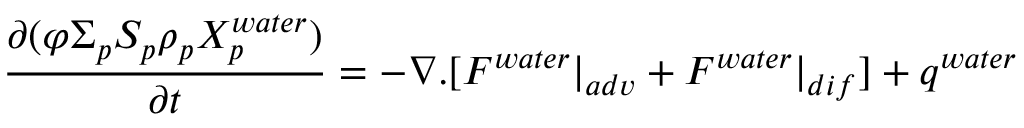
\frac { \partial ( \varphi \Sigma _ { p } S _ { p } \rho _ { p } X _ { p } ^ { w a t e r } ) } { \partial t } = - \nabla . [ F ^ { w a t e r } | _ { a d v } + F ^ { w a t e r } | _ { d i f } ] + q ^ { w a t e r }